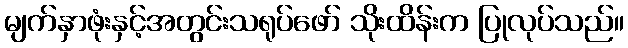
မျက်နှာဖုံးနှင့်အတွင်းသရုပ်ဖော် သိုးထိန်းက ပြုလုပ်သည်။